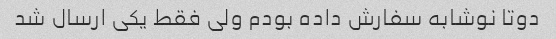
دوتا نوشابه سفارش داده بودم ولی فقط یکی ارسال شد